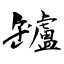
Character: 罏